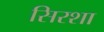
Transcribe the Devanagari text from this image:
सिरशा